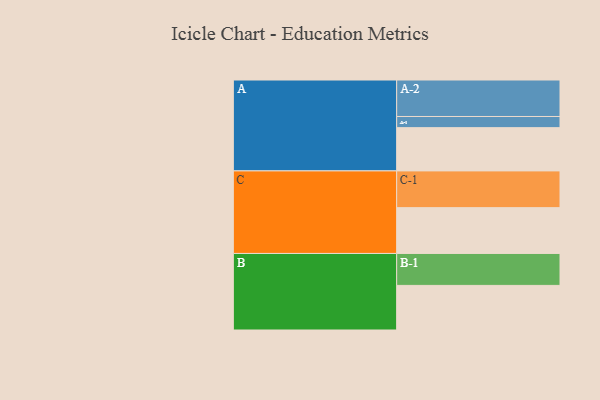
{"axis": {"x": "Segment", "y": "Value"}, "legend": ["", "A", "B", "C"], "data": [{"x": "A", "y": 352, "type": ""}, {"x": "B", "y": 363, "type": ""}, {"x": "C", "y": 373, "type": ""}, {"x": "A-1", "y": 91, "type": "A"}, {"x": "A-2", "y": 297, "type": "A"}, {"x": "B-1", "y": 260, "type": "B"}, {"x": "C-1", "y": 299, "type": "C"}]}